Indian journal of veterinary science and animal husbandry - Volumes 22-23, 1952-1953
Year: 1952
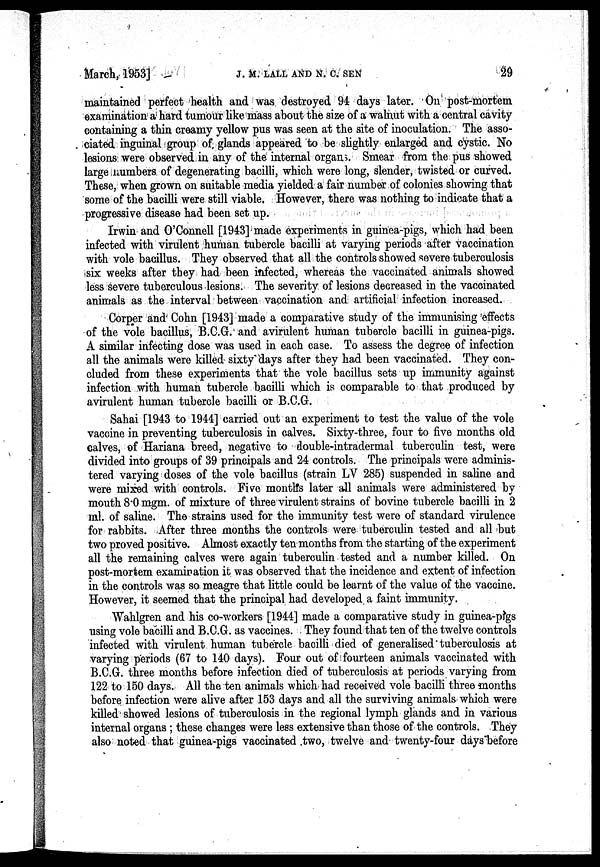
March, 1953]
J. M. LALL AND N. C. SEN 29
maintained perfect health and was destroyed 94 days later. On post-mortem
examination a hard tumour like mass about the size of a walnut with a central cavity
containing a thin creamy yellow pus was seen at the site of inoculation. The asso-
ciated inguinal group of glands appeared to be slightly enlarged and cystic. No
lesions were observed in any of the internal organs. Smear from the pus showed
large numbers of degenerating bacilli, which were long, slender, twisted or curved.
These, when grown on suitable media yielded a fair number of colonies showing that
some of the bacilli were still viable. However, there was nothing to indicate that a
progressive disease had been set up.
Irwin and O'Connell [1943] made experiments in guinea-pigs, which had been
infected with virulent human tubercle bacilli at varying periods after vaccination
with vole bacillus. They observed that all the controls showed severe tuberculosis
six weeks after they had been infected, whereas the vaccinated animals showed
less severe tuberculous lesions. The severity of lesions decreased in the vaccinated
animals as the interval between vaccination and artificial infection increased.
Corper and Cohn [1943] made a comparative study of the immunising effects
of the vole bacillus, B.C.G. and avirulent human tubercle bacilli in guinea-pigs.
A similar infecting dose was used in each case. To assess the degree of infection
all the animals were killed sixty days after they had been vaccinated. They con-
cluded from these experiments that the vole bacillus sets up immunity against
infection with human tubercle bacilli which is comparable to that produced by
avirulent human tubercle bacilli or B.C.G.
Sahai [1943 to 1944] carried out an experiment to test the value of the vole
vaccine in preventing tuberculosis in calves. Sixty-three, four to five months old
calves, of Hariana breed, negative to double-intradermal tuberculin test, were
divided into groups of 39 principals and 24 controls. The principals were adminis-
tered varying doses of the vole bacillus (strain LV 285) suspended in saline and
were mixed with controls. Five months later all animals were administered by
mouth 8.0 mgm. of mixture of three virulent strains of bovine tubercle bacilli in 2
ml. of saline. The strains used for the immunity test were of standard virulence
for rabbits. After three months the controls were tuberculin tested and all but
two proved positive. Almost exactly ten months from the starting of the experiment
all the remaining calves were again tuberculin tested and a number killed. On
post-mortem examination it was observed that the incidence and extent of infection
in the controls was so. meagre that little could be learnt of the value of the vaccine.
However, it seemed that the principal had developed, a faint immunity.
Wahlgren and his co-workers [1944] made a comparative study in guinea-pigs
using vole bacilli and B.C.G. as vaccines. They found that ten of the twelve controls
infected with virulent human tubercle bacilli died of generalised tuberculosis at
varying periods (67 to 140 days). Four out of fourteen animals vaccinated with
B.C.G. three months before infection died of tuberculosis at periods varying from
122 to 150 days. All the ten animals which had received vole bacilli three months
before infection were alive after 153 days and all the surviving animals which were
killed showed lesions of tuberculosis in the regional lymph glands and in various
internal organs; these changes were less extensive than those of the controls. They
also noted that guinea-pigs vaccinated two, twelve and twenty-four days before